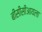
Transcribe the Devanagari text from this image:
बीसीसीआयला